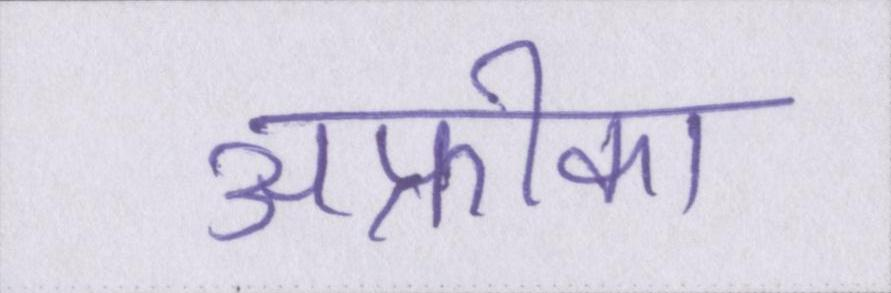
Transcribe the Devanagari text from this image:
अफ्रीका